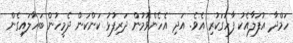
ހަމްދާ އުފަލާއެކު ފާހަގަކުރި އެވެ. އަދި އެހެންވުމުން ދަރިފުޅު ކަންކަން ދެމީހުން ބަހާލައިގެން